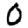
Digit: 0